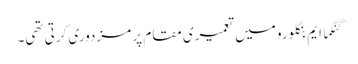
گنگما ایم بنگلورو میں تعمیری مقام پر مزدوری کرتی تھی۔